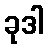
ခုဒါ